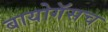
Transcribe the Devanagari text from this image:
बायोगॅसच